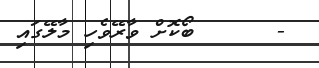
-      ބޯކޮށް ވާރޭވެހި މާލޭގައި